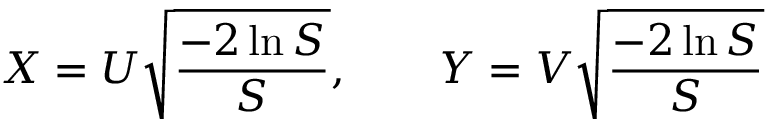
X = U { \sqrt { \frac { - 2 \ln S } { S } } } , \qquad Y = V { \sqrt { \frac { - 2 \ln S } { S } } }